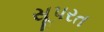
સૂપરત